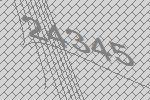
24345